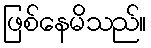
ဖြစ်နေမိသည်။